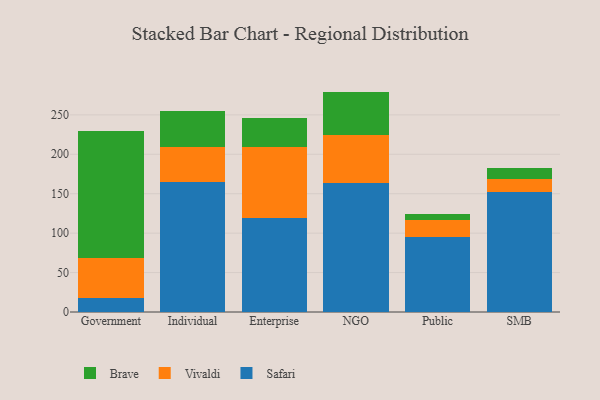
{"axis": {"x": "Segment", "y": "Temperature (°C)"}, "legend": ["Brave", "Safari", "Vivaldi"], "data": [{"x": "Government", "y": 17.7, "type": "Safari"}, {"x": "Government", "y": 50.5, "type": "Vivaldi"}, {"x": "Government", "y": 161.5, "type": "Brave"}, {"x": "Individual", "y": 164.6, "type": "Safari"}, {"x": "Individual", "y": 44.4, "type": "Vivaldi"}, {"x": "Individual", "y": 46.0, "type": "Brave"}, {"x": "Enterprise", "y": 119.0, "type": "Safari"}, {"x": "Enterprise", "y": 89.8, "type": "Vivaldi"}, {"x": "Enterprise", "y": 37.0, "type": "Brave"}, {"x": "NGO", "y": 163.4, "type": "Safari"}, {"x": "NGO", "y": 61.6, "type": "Vivaldi"}, {"x": "NGO", "y": 54.5, "type": "Brave"}, {"x": "Public", "y": 95.7, "type": "Safari"}, {"x": "Public", "y": 21.5, "type": "Vivaldi"}, {"x": "Public", "y": 7.2, "type": "Brave"}, {"x": "SMB", "y": 152.8, "type": "Safari"}, {"x": "SMB", "y": 15.9, "type": "Vivaldi"}, {"x": "SMB", "y": 13.9, "type": "Brave"}]}